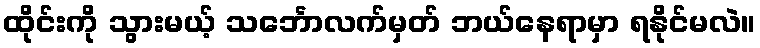
ထိုင်းကို သွားမယ့် သင်္ဘောလက်မှတ် ဘယ်နေရာမှာ ရနိုင်မလဲ။